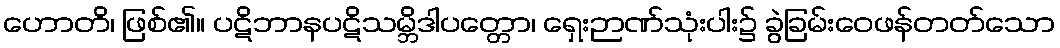
ဟောတိ၊ ဖြစ်၏။ ပဋိဘာနပဋိသမ္ဘိဒါပတ္တော၊ ရှေးဉာဏ်သုံးပါး၌ ခွဲခြမ်းဝေဖန်တတ်သော